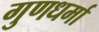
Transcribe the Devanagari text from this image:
गुणधर्मा